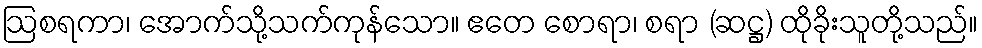
ဩစရကာ၊ အောက်သို့သက်ကုန်သော။ ဧတေ စောရာ၊ စရာ (ဆဋ္ဌ) ထိုခိုးသူတို့သည်။